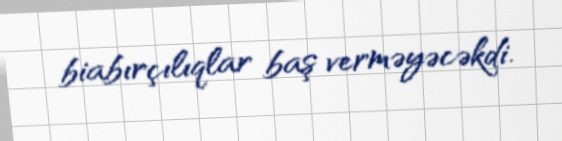
biabırçılıqlar baş verməyəcəkdi.